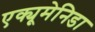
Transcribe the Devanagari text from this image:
एक्यूमेनिडा